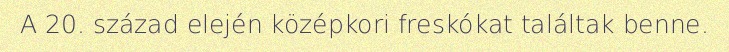
A 20. század elején középkori freskókat találtak benne.